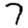
Digit: 7